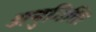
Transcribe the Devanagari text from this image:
अनुमिति।